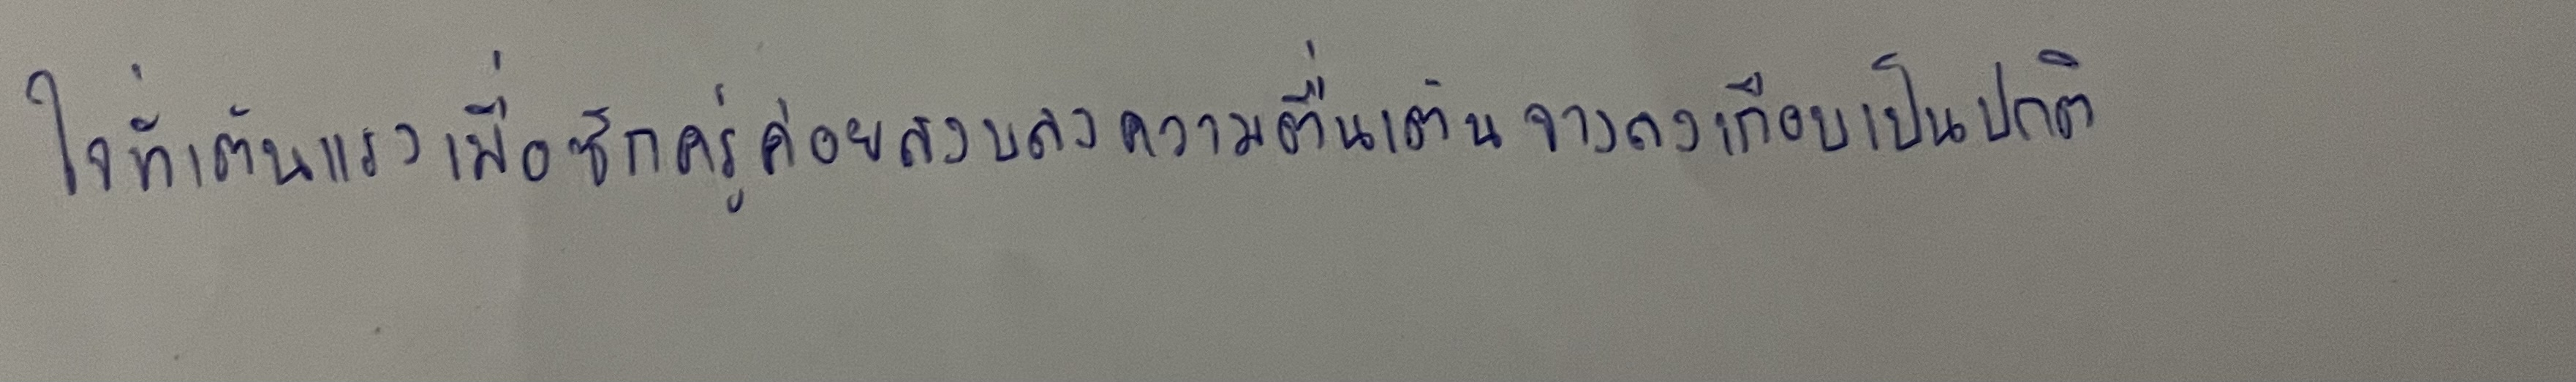
ใจที่เต้นแรงเมื่อสักครู่ค่อยสงบลงความตื่นเต้นจางลงเกือบเป็นปกติ